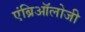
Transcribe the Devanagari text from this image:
एंब्रिऑलोजी